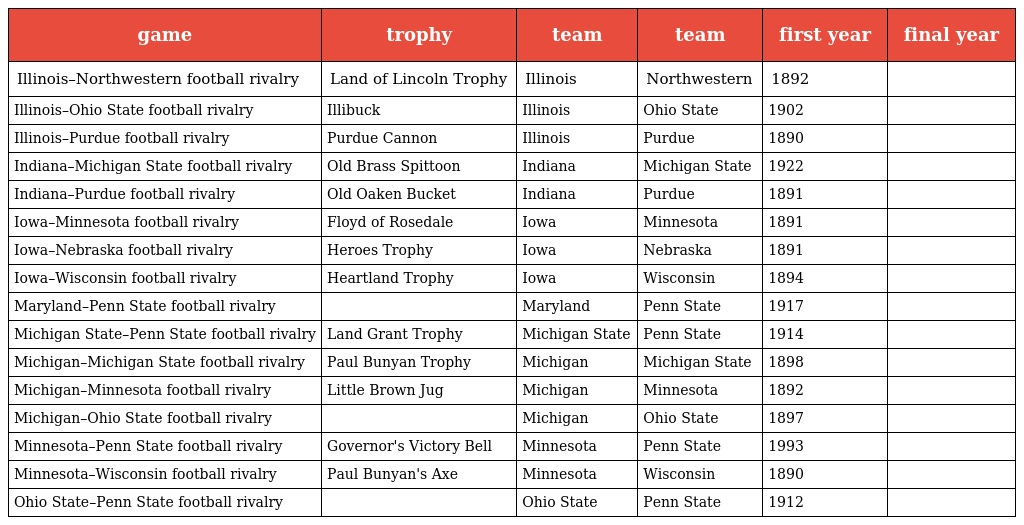
| game | trophy | team | team | first year | final year |
 | --- | --- | --- | --- | --- | --- |
 | Illinois–Northwestern football rivalry | Land of Lincoln Trophy | Illinois | Northwestern | 1892 |  |
 | Illinois–Ohio State football rivalry | Illibuck | Illinois | Ohio State | 1902 |  |
 | Illinois–Purdue football rivalry | Purdue Cannon | Illinois | Purdue | 1890 |  |
 | Indiana–Michigan State football rivalry | Old Brass Spittoon | Indiana | Michigan State | 1922 |  |
 | Indiana–Purdue football rivalry | Old Oaken Bucket | Indiana | Purdue | 1891 |  |
 | Iowa–Minnesota football rivalry | Floyd of Rosedale | Iowa | Minnesota | 1891 |  |
 | Iowa–Nebraska football rivalry | Heroes Trophy | Iowa | Nebraska | 1891 |  |
 | Iowa–Wisconsin football rivalry | Heartland Trophy | Iowa | Wisconsin | 1894 |  |
 | Maryland–Penn State football rivalry |  | Maryland | Penn State | 1917 |  |
 | Michigan State–Penn State football rivalry | Land Grant Trophy | Michigan State | Penn State | 1914 |  |
 | Michigan–Michigan State football rivalry | Paul Bunyan Trophy | Michigan | Michigan State | 1898 |  |
 | Michigan–Minnesota football rivalry | Little Brown Jug | Michigan | Minnesota | 1892 |  |
 | Michigan–Ohio State football rivalry |  | Michigan | Ohio State | 1897 |  |
 | Minnesota–Penn State football rivalry | Governor's Victory Bell | Minnesota | Penn State | 1993 |  |
 | Minnesota–Wisconsin football rivalry | Paul Bunyan's Axe | Minnesota | Wisconsin | 1890 |  |
 | Ohio State–Penn State football rivalry |  | Ohio State | Penn State | 1912 |  |